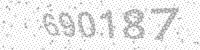
Solution: 690187